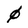
Character: 0